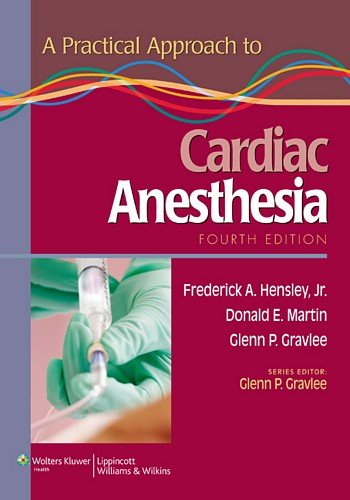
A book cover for A Practical Approach to Cardiac Anesthesia; Medical Books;